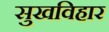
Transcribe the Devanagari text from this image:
सुखविहार